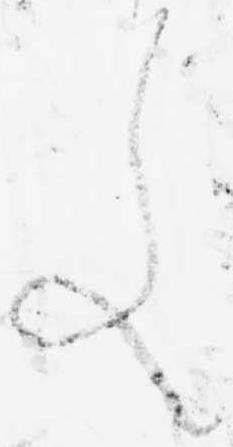
文